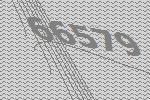
66579